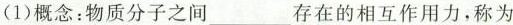
(1)概念：物质分子之间_存在的相互作用力，称为